Report of the Indian Hemp Drugs Commission, 1894-1895 - Volume III
Year: 1894
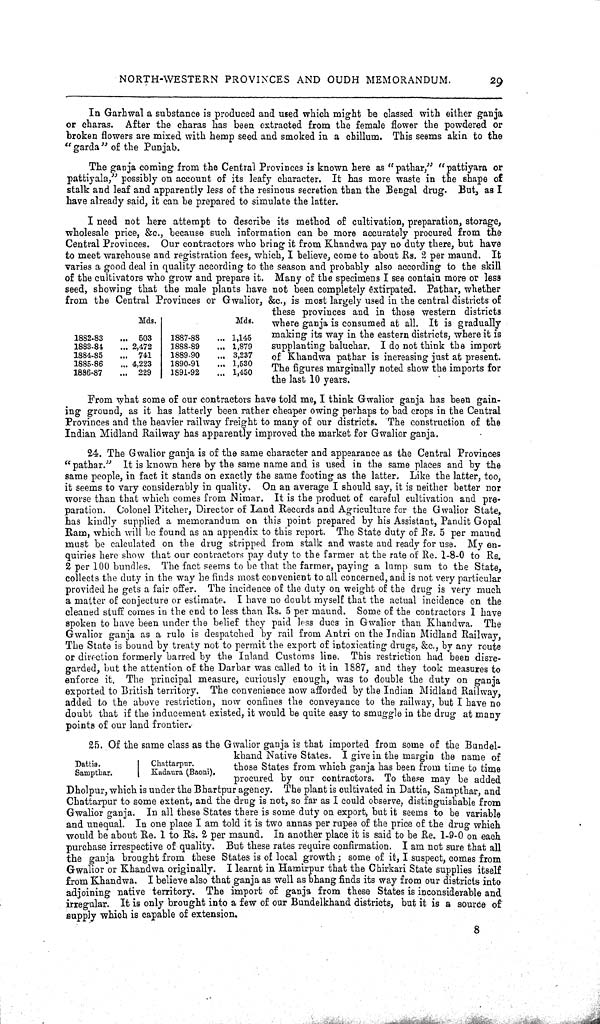
NORTH-WESTERN PROVINCES AND OUDH MEMORANDUM.
29
In Garhwal a substance is produced and used which might be classed with either ganja
or charas. After the charas has been extracted from the female flower the powdered or
broken flowers are mixed with hemp seed and smoked in a chillum. This seems akin to the
"garda" of the Punjab.
The ganja coming from the Central Provinces is known here as "pathar," "pattiyara or
pattiyala," possibly on account of its leafy character. It has more waste in the shape of
stalk and leaf and apparently less of the resinous secretion than the Bengal drug. But, as I
have already said, it can be prepared to simulate the latter.
Mds.
Mds.
1882-83
503
1887-88
1,145
1883-84
2,472
1888-89
1,879
1884-85
741
1889-90
3,237
1885-86
4,223
1890-91
1,530
1886-87
229
1891-92
1,450
I need not here attempt to describe its method of cultivation, preparation, storage,
wholesale price, &c., because such information can be more accurately procured from the
Central Provinces. Our contractors who bring it from Khandwa pay no duty there, but have
to meet warehouse and registration fees, which, I believe, come to about Rs. 2 per maund. It
varies a good deal in quality according to the season and probably also according to the skill
of the cultivators who grow and prepare it. Many of the specimens I see contain more or less
seed, showing that the male plants have not been completely extirpated. Pathar, whether
from the Central Provinces or Gwalior, &c., is most largely used in the central districts of
these provinces and in those western districts
where ganja is consumed at all. It is gradually
making its way in the eastern districts, where it is
supplanting baluchar. I do not think the import
of Khandwa pathar is increasing just at present.
The figures marginally noted show the imports for
the last 10 years.
From what some of our contractors have told me, I think Gwalior ganja has been gain-
ing ground, as it has latterly been rather cheaper owing perhaps to bad crops in the Central
Provinces and the heavier railway freight to many of our districts. The construction of the
Indian Midland Railway has apparently improved the market for Gwalior ganja.
24. The Gwalior ganja is of the same character and appearance as the Central Provinces
"pathar." It is known here by the same name and is used in the same places and by the
same people, in fact it stands on exactly the same footing as the latter. Like the latter, too,
it seems to vary considerably in quality. On an average I should say, it is neither better nor
worse than that which comes from Nimar. It is the product of careful cultivation and pre-
paration. Colonel Pitcher, Director of Land Records and Agriculture for the Gwalior State,
has kindly supplied a memorandum on this point prepared by his Assistant, Pandit Gopal
Ram, which will be found as an appendix to this report. The State duty of Rs. 5 per maund
must be calculated on the drug stripped from stalk and waste and ready for use. My en-
quiries here show that our contractors pay duty to the farmer at the rate of Re. 1-8-0 to Rs.
2 per 100 bundles. The fact seems to be that the farmer, paying a lump sum to the State,
collects the duty in the way he finds most convenient to all concerned, and is not very particular
provided he gets a fair offer. The incidence of the duty on weight of the drug is very much
a matter of conjecture or estimate. I have no doubt myself that the actual incidence on the
cleaned stuff comes in the end to less than Rs. 5 per maund. Some of the contractors I have
spoken to have been under the belief they paid less dues in Gwalior than Khandwa. The
Gwalior ganja as a rule is despatched by rail from Antri on the Indian Midland Railway,
The State is bound by treaty not to permit the export of intoxicating drugs, &c., by any route
or direction formerly barred by the Inland Customs line. This restriction had been disre-
garded, but the attention of the Darbar was called to it in 1887, and they took measures to
enforce it. The principal measure, curiously enough, was to double the duty on ganja
exported to British territory. The convenience now afforded by the Indian Midland Railway,
added to the above restriction, now confines the conveyance to the railway, but I have no
doubt that if the inducement existed, it would be quite easy to smuggle in the drug at many
points of our land frontier.
Dattia.
Chattarpur.
Sampthar.
Kadaura (Baoni).
25. Of the same class as the Gwalior ganja is that imported from some of the Bundel-
khand Native States. I give in the margin the name of
those States from which ganja has been from time to time
procured by our contractors. To these may be added
Dholpur, which is under the Bhartpur agency. The plant is cultivated in Dattia, Sampthar, and
Chattarpur to some extent, and the drug is not, so far as I could observe, distinguishable from
Gwalior ganja. In all these States there is some duty on export, but it seems to be variable
and unequal. In one place I am told it is two annas per rupee of the price of the drug which
would be about Re. 1 to Rs. 2 per maund. In another place it is said to be Re. 1-9-0 on each
purchase irrespective of quality. But these rates require confirmation. I am not sure that all
the ganja brought from these States is of local growth; some of it, I suspect, comes from
Gwalior or Khandwa originally. I learnt in Hamirpur that the Chirkari State supplies itself
from Khandwa. I believe also that ganja as well as bhang finds its way from our districts into
adjoining native territory. The import of ganja from these States is inconsiderable and
irregular. It is only brought into a few of our Bundelkhand districts, but it is a source of
supply which is capable of extension.
8